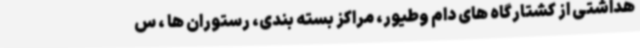
هداشتی از کشتارگاه های دام وطیور، مراکز بسته بندی، رستوران ها ، س